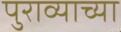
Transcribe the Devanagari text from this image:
पुराव्याच्या